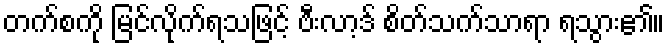
တက်စကို မြင်လိုက်ရသဖြင့် ဗီးလာ့ဒ် စိတ်သက်သာရာ ရသွား၏။